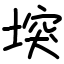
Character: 堗